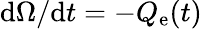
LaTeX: \mathrm{d}\Omega/\mathrm{d}t=-Q_{\mathrm{e}}(t)